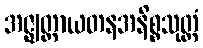
အဇ္ဈတ္တာယတနအနိစ္စသုတ္တံ